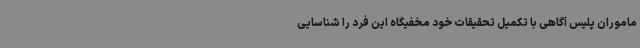
ماموران پلیس آگاهی با تکمیل تحقیقات خود مخفیگاه این فرد را شناسایی